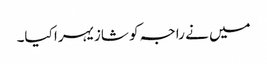
میں نے راجہ کو شازیہرا کیا۔